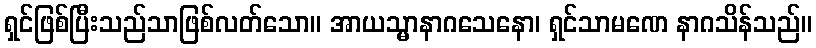
ရှင်ဖြစ်ပြီးသည်သာဖြစ်လတ်သော။ အာယသ္မာနာဂသေနော၊ ရှင်သာမဏေ နာဂသိန်သည်။